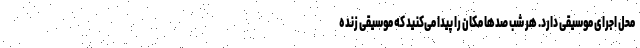
محل اجرای موسیقی دارد. هر شب صدها مکان را پیدا می‌کنید که موسیقی زنده